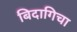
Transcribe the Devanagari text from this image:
बिदागिचा